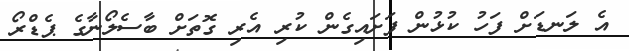
އެ ލަނޑަށް ފަހު ކުޅުން ފަށައިގެން ކުރި އެރި ގޮތަށް ބާސެލޯނާގެ ޕެޑްރޯ